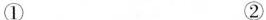
① ②